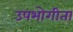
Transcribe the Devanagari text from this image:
उपभोगीता